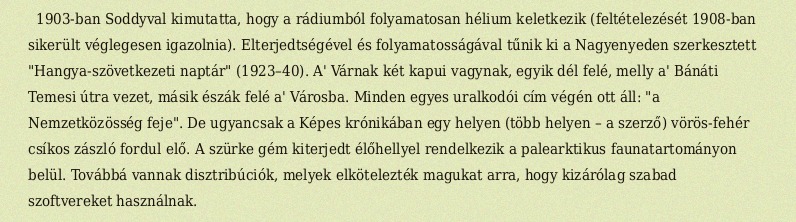
1903-ban Soddyval kimutatta, hogy a rádiumból folyamatosan hélium keletkezik (feltételezését 1908-ban sikerült véglegesen igazolnia). Elterjedtségével és folyamatosságával tűnik ki a Nagyenyeden szerkesztett "Hangya-szövetkezeti naptár" (1923–40). A' Várnak két kapui vagynak, egyik dél felé, melly a' Bánáti Temesi útra vezet, másik észák felé a' Városba. Minden egyes uralkodói cím végén ott áll: "a Nemzetközösség feje". De ugyancsak a Képes krónikában egy helyen (több helyen – a szerző) vörös-fehér csíkos zászló fordul elő. A szürke gém kiterjedt élőhellyel rendelkezik a palearktikus faunatartományon belül. Továbbá vannak disztribúciók, melyek elkötelezték magukat arra, hogy kizárólag szabad szoftvereket használnak.